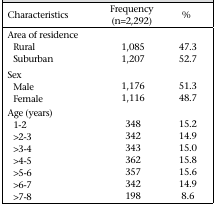
<table><thead><tr><td><b>Characteristics</b></td><td><b>Frequency (n=2,292)</b></td><td><b>%</b></td></tr></thead><tbody><tr><td>Area of residence</td><td></td><td></td></tr><tr><td>Rural</td><td>1,085</td><td>47.3</td></tr><tr><td>Suburban</td><td>1,207</td><td>52.7</td></tr><tr><td>Sex</td><td></td><td></td></tr><tr><td>Male</td><td>1,176</td><td>51.3</td></tr><tr><td>Female</td><td>1,116</td><td>48.7</td></tr><tr><td>Age (years)</td><td></td><td></td></tr><tr><td>1-2</td><td>348</td><td>15.2</td></tr><tr><td>&gt;2-3</td><td>342</td><td>14.9</td></tr><tr><td>&gt;3-4</td><td>343</td><td>15.0</td></tr><tr><td>&gt;4-5</td><td>362</td><td>15.8</td></tr><tr><td>&gt;5-6</td><td>357</td><td>15.6</td></tr><tr><td>&gt;6-7</td><td>342</td><td>14.9</td></tr><tr><td>&gt;7-8</td><td>198</td><td>8.6</td></tr></tbody></table>